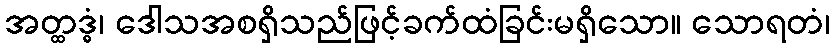
အတ္ထဒ္ဓံ၊ ဒေါသအစရှိသည်ဖြင့်ခက်ထံခြင်းမရှိသော။ သောရတံ၊